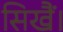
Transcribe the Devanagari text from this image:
सिखैं।